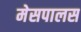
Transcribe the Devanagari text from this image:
मेसपालस